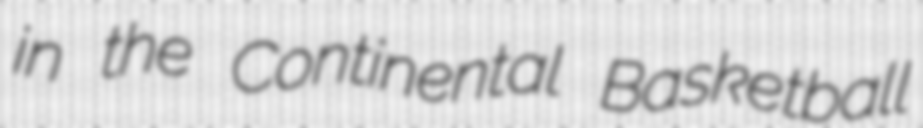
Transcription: in the Continental Basketball